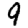
Digit: 9